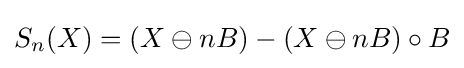
S_{n}(X)=(X\ominus nB)-(X\ominus nB)\circ B